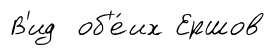
В'ид об'е́их Ершов